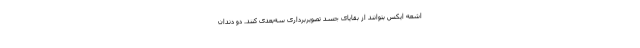
اشعه ایکس بتوانند از بقایای جسد تصویربرداری سه‌بعدی کنند. دو دندان